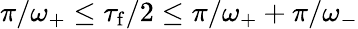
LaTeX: \pi/\omega_{+}\leq\tau_{\mathrm{f}}/2\leq\pi/\omega_{+}+\pi/\omega_{-}